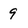
Character: 9